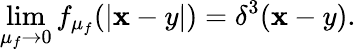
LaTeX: \operatorname*{lim}_{\mu_{f}\to 0}f_{\mu_{f}}(|{\mathbf x-y}|)=\delta^{3}({\mathbf x-y}).